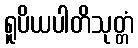
ရူပိယပါတိသုတ္တံ